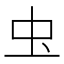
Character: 𮓰